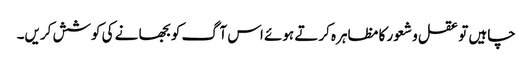
چاہیں تو عقل و شعور کا مظاہرہ کرتے ہوئے اس آگ کو بجھا نے کی کوشش کریں۔